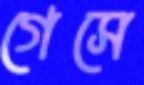
গেসে